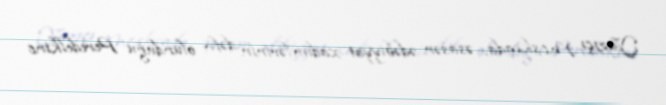
Yazıçı Moskvada, əsasən ədəbiyyat xadimlərinin dəfn olunduğu Peredelkino